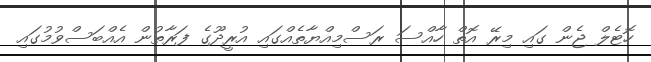
ހޮޓެލް ޖެން ގައި މިރޭ އޮތް ހާއްސަ ރަސްމިއްޔާތެއްގައި އުރީދޫގެ ފަރާތުން އެއްބަސްވުމުގައި